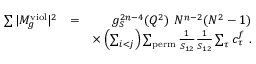
\begin{array} { r l r } { \sum \vert M _ { g } ^ { \mathrm { v i o l } } \vert ^ { 2 } } & { = } & { g _ { S } ^ { 2 n - 4 } ( Q ^ { 2 } ) ~ N ^ { n - 2 } ( N ^ { 2 } - 1 ) } \\ & { } & { \times \left( \sum _ { i < j } \right) \sum _ { \mathrm { p e r m } } \frac { 1 } { S _ { 1 2 } } \frac { 1 } { S _ { 1 2 } } \sum _ { \tau } c _ { \tau } ^ { f } ~ . } \end{array}